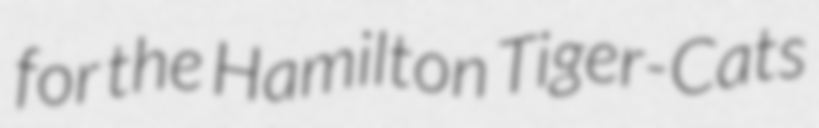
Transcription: for the Hamilton Tiger-Cats